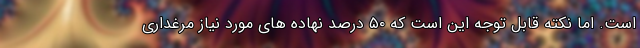
است. اما نکته قابل توجه این است که ۵۰ درصد نهاده های مورد نیاز مرغداری